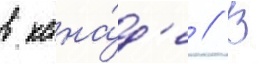
в кана́д'е // В